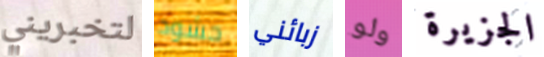
لتخبريني حشود زبائني ولو الجزيرة